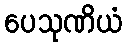
ပေသုဏိယံ